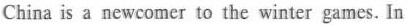
China is a newcomer to the winter games. In